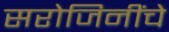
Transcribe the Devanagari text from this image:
सरोजिनींचे